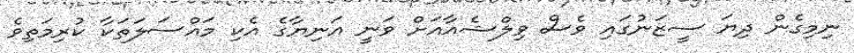
ނިމިގެން ދިޔަ ސީޒަނުގައި ވެސް ވިލްޝެއާއަށް ވަނީ އަނިޔާގެ އެކި މައްސަލަތަކާ ކުރިމަތިވެ